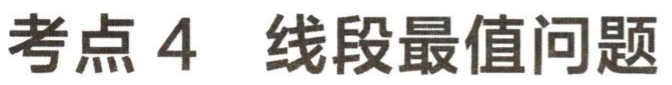
考点 4 线段最值问题